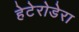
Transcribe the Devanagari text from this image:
हेटेरोडेरा